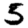
Digit: 5